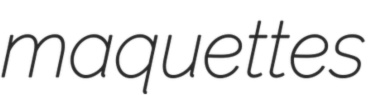
maquettes